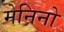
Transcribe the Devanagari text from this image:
मेनिनो